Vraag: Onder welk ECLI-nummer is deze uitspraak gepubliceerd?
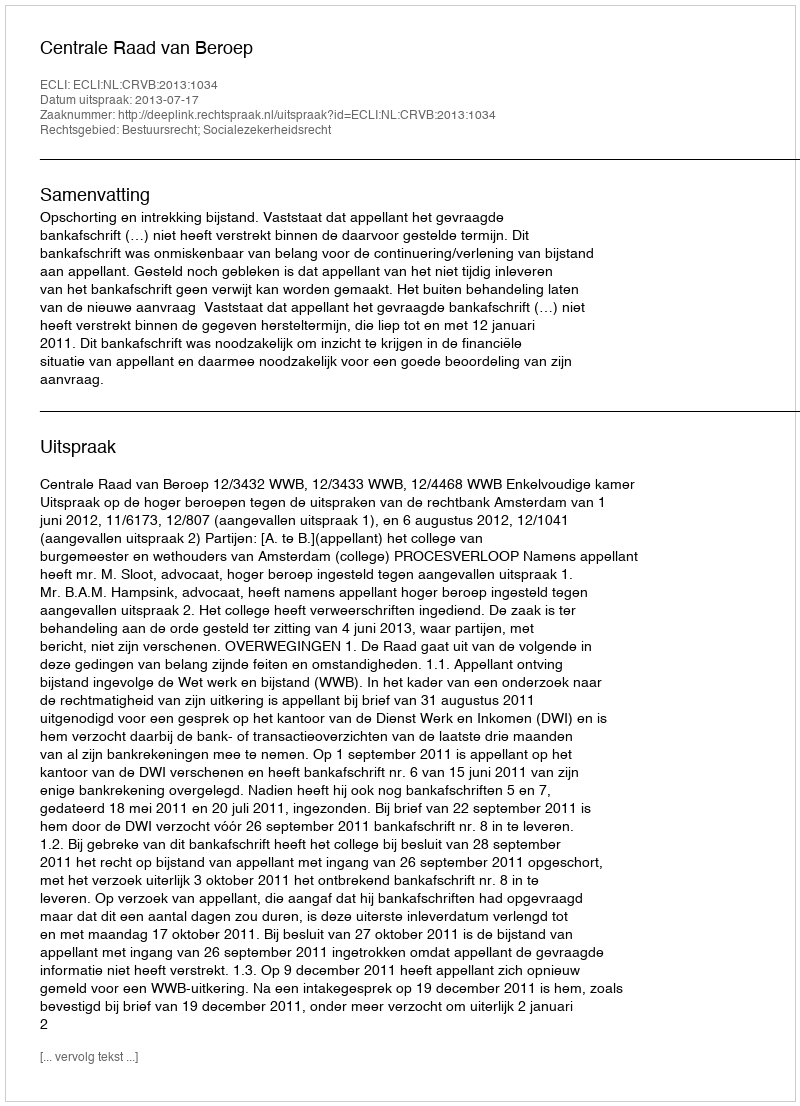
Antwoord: ECLI:NL:CRVB:2013:1034